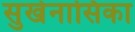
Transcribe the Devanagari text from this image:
सुखेनासिका